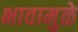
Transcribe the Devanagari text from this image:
भावामुळे